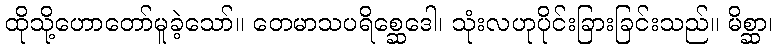
ထိုသို့ဟောတော်မူခဲ့သော်။ တေမာသပရိစ္ဆေဒေါ၊ သုံးလဟုပိုင်းခြားခြင်းသည်။ မိစ္ဆာ၊